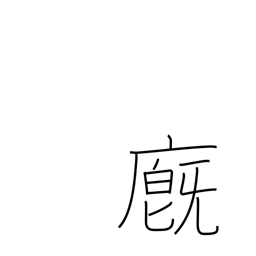
Meaning: barn